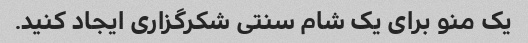
یک منو برای یک شام سنتی شکرگزاری ایجاد کنید.